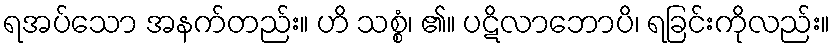
ရအပ်သော အနက်တည်း။ ဟိ သစ္စံ၊ ၏။ ပဋိလာဘောပိ၊ ရခြင်းကိုလည်း။